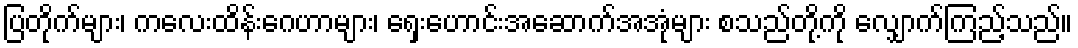
ပြတိုက်များ၊ ကလေးထိန်းဂေဟာများ၊ ရှေးဟောင်းအဆောက်အအုံများ စသည်တို့ကို လျှောက်ကြည့်သည်။